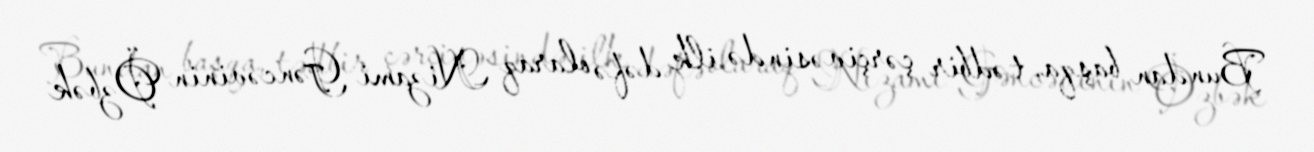
Bundan başqa, tədbir çərçivəsində ilk dəfə olaraq Nizami Gəncəvinin Özbək